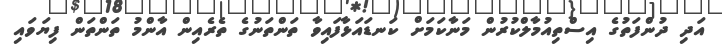
އަދި ދުންފަތުގެ އިސްތިއުމާލްކުރުން މަނާކަމަށް ކަނޑައަޅާފައިވާ ތަންތަނުގެ ތެރެއިން އާންމު ތަންތަން ފިޔަވައި